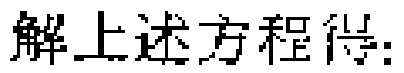
解上述方程得: